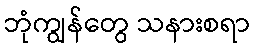
ဘုံကျွန်တွေ သနားစရာ